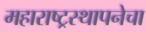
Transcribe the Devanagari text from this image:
महाराष्ट्रस्थापनेचा